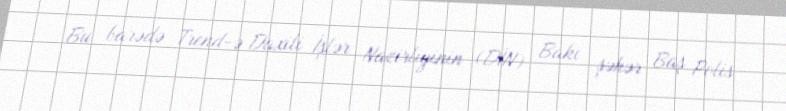
Bu barədə Trend-ə Daxili İşlər Nazirliyinin (DİN) Bakı şəhər Baş Polis